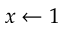
x \gets 1